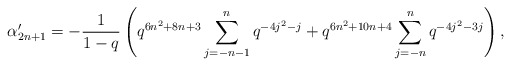
\begin{align*} \alpha'_{2n+1} = -\frac{1}{1-q}\left(q^{6n^2+8n+3}\sum_{j=-n-1}^{n}q^{-4j^2-j} + q^{6n^2+10n+4}\sum_{j=-n}^{n}q^{-4j^2-3j}\right),\end{align*}